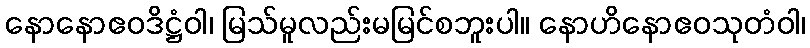
နောနောဧဝဒိဋ္ဌံဝါ၊ မြသ်မူလည်းမမြင်စဘူးပါ။ နောဟိနောဧဝသုတံဝါ၊